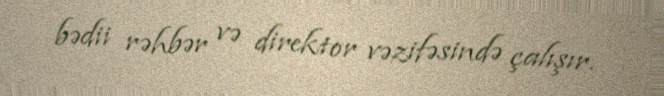
bədii rəhbər və direktor vəzifəsində çalışır.